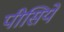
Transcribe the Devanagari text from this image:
पीसिये